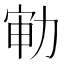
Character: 𱐳